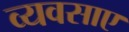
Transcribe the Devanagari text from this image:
व्यवसाए